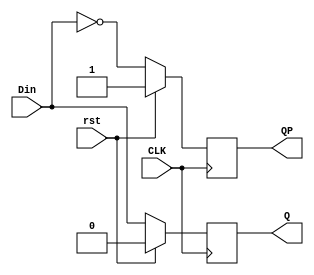
`timescale 1ns / 1ps
////////////////////////////////////////////////////////////////////////////////// 
// 
// Design Name: 
// Module Name:    dff 
//
//////////////////////////////////////////////////////////////////////////////////
module dff (Q , QP, CLK , Din, rst);
	input CLK,Din,rst;
	output Q , QP;
	reg Q , QP;
	
	initial 
		begin
			Q = 1'b0; 
			QP = 1'b1;
	   end
	
	always @ (posedge CLK ) 
			begin
			  if(rst) begin
					Q = 1'b0;
					QP= 1'b1;
			  end else begin
					Q = Din;
					QP = ~Din;
			  end
			end
endmodule